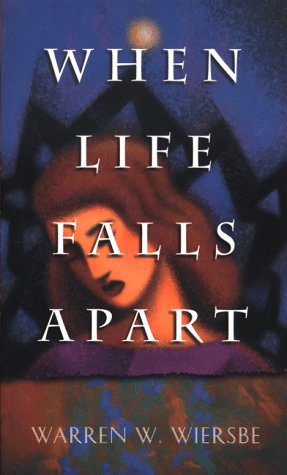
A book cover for When Life Falls Apart; Warren W. Wiersbe; Christian Books & Bibles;